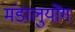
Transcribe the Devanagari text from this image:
मंडालुयोंग